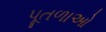
પૂતળાઓ